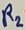
Text: R2